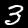
Digit: 3